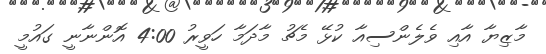
މާޒިޔާ އާއި ވެލެންސިއާ ކުޅޭ މެޗު މާދަމާ ހަވީރު 4:00 އޮންނާނީ ގައުމީ